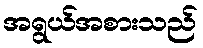
အရွယ်အစားသည်